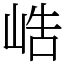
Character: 峼